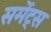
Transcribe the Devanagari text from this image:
सर्मेट्स